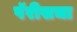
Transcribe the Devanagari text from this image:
पॅरीसचा